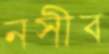
নসীব